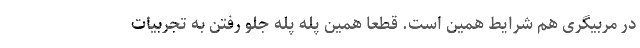
در مربیگری هم شرایط همین است. قطعا همین پله پله جلو رفتن به تجربیات